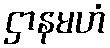
ဌာနမဟံ